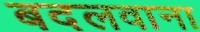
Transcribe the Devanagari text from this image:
बदलवाना